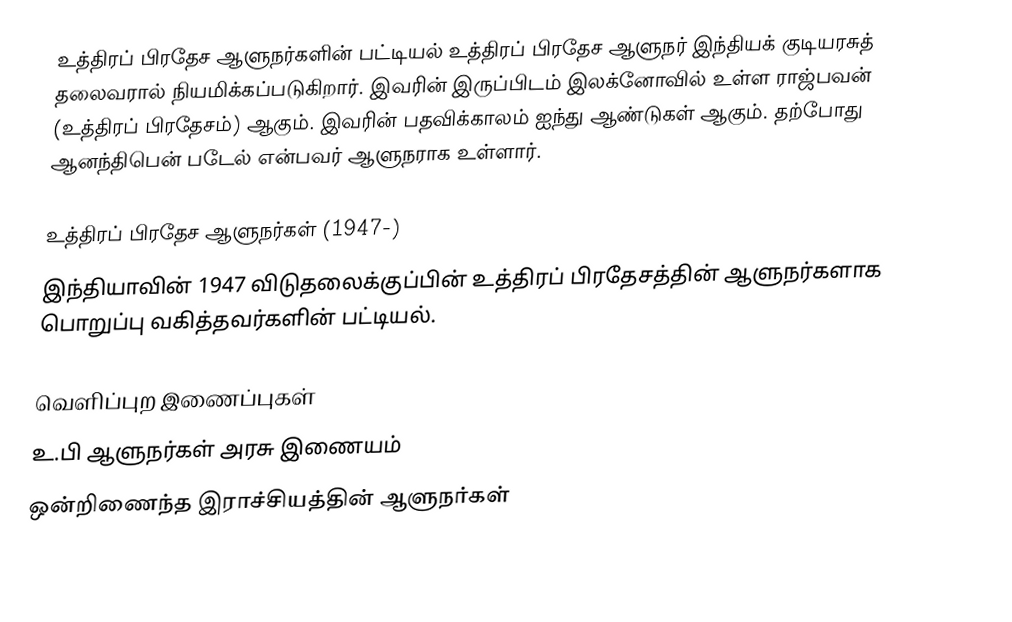
உத்திரப் பிரதேச ஆளுநர்களின் பட்டியல் உத்திரப் பிரதேச ஆளுநர் இந்தியக் குடியரசுத் தலைவரால் நியமிக்கப்படுகிறார். இவரின் இருப்பிடம் இலக்னோவில் உள்ள ராஜ்பவன் (உத்திரப் பிரதேசம்) ஆகும். இவரின் பதவிக்காலம் ஐந்து ஆண்டுகள் ஆகும். தற்போது ஆனந்திபென் படேல் என்பவர் ஆளுநராக உள்ளார்.

உத்திரப் பிரதேச ஆளுநர்கள் (1947-)
இந்தியாவின் 1947 விடுதலைக்குப்பின் உத்திரப் பிரதேசத்தின் ஆளுநர்களாக பொறுப்பு வகித்தவர்களின் பட்டியல்.

வெளிப்புற இணைப்புகள்
 உ.பி ஆளுநர்கள் அரசு இணையம்
 ஒன்றிணைந்த இராச்சியத்தின் ஆளுநர்கள்